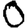
Digit: 0